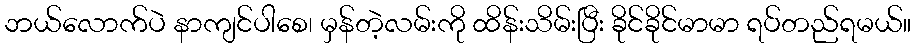
ဘယ်လောက်ပဲ နာကျင်ပါစေ၊ မှန်တဲ့လမ်းကို ထိန်းသိမ်းပြီး ခိုင်ခိုင်မာမာ ရပ်တည်ရမယ်။